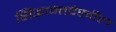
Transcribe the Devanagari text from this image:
सिद्धान्तदेखील